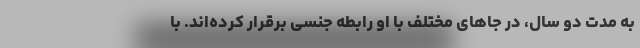
به مدت دو سال، در جاهای مختلف با او رابطه جنسی برقرار کرده‌اند. با